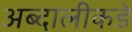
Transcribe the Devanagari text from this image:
अब्दालीकडे